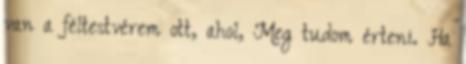
van a féltestvérem ott, ahol, Meg tudom érteni. Ha